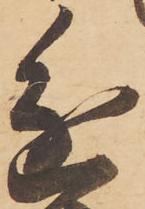
進